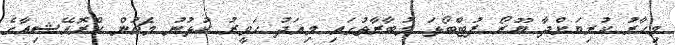
މިހާރު ކުރިޔަށްދާ ޔޫރޯ ފުޓްބޯޅަ މުބާރާތުގައި މިއަދު ހަވީރު ކުޅުނު މެޗުން ކްރޮއޭޝިއާގެ